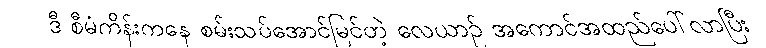
ဒီ စီမံကိန်းကနေ စမ်းသပ်အောင်မြင်တဲ့ လေယာဉ် အကောင်အထည်ပေါ်လာပြီး